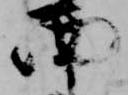
西